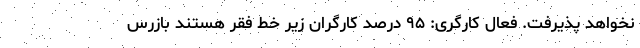
نخواهد پذیرفت. فعال کارگری: ۹۵ درصد کارگران زیر خط فقر هستند بازرس